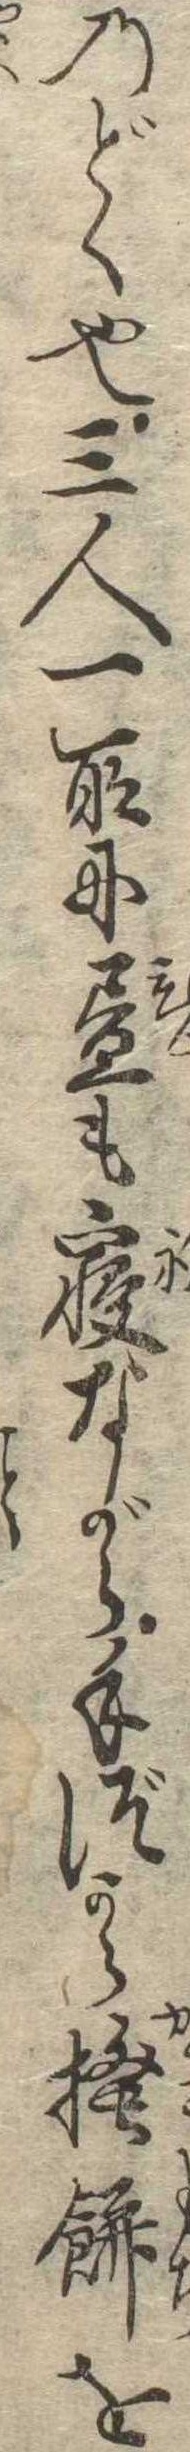
のどく也三人一所に昼も寝ながら手づから掻餅を